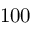
1 0 0